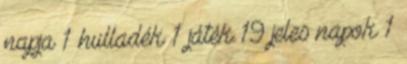
napja 1 hulladék 1 játék 19 jeles napok 1